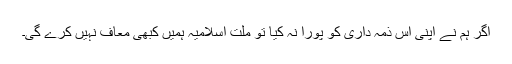
اگر ہم نے اپنی اس ذمہ داری کو پورا نہ کیا تو ملت اسلامیہ ہمیں کبھی معاف نہیں کرے گی۔